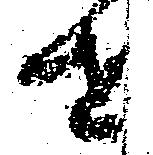
せ